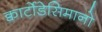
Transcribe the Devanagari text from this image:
क्वार्टोडेसिमानो